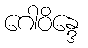
ဂေါဝိန္ဒေ